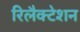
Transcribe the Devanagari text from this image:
रिलैक्टेशन